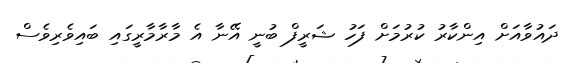
ދައުވާއަށް އިންކާރު ކުރުމަށް ފަހު ޝަރީފް ބުނީ އޭނާ އެ މާރާމާރީގައި ބައިވެރިވެސް